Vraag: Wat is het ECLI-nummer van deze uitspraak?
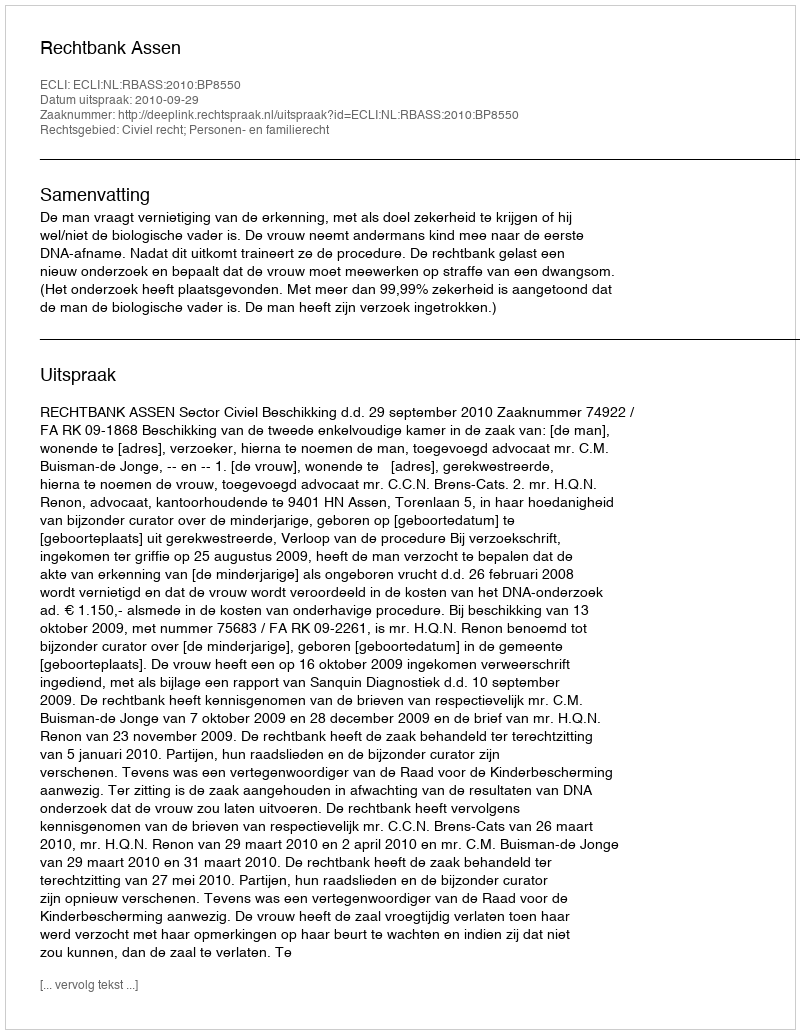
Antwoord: ECLI:NL:RBASS:2010:BP8550